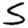
Digit: 5